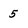
Character: 5